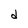
Character: d